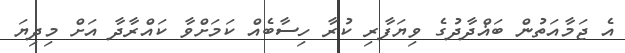
އެ ޖަމާއަތުން ބަޣްދާދުގެ ވިޔަފާރި ކުރާ ހިސާބެއް ކަމަށްވާ ކައްރާދާ އަށް މިދިޔަ